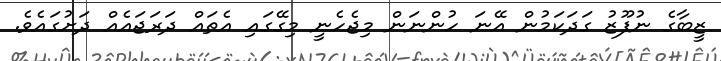
ޒީބާގެ ނުފޫޒު ގަދަކަމުން އޭނަ ހުންނަން މިޖެހެނީ މިގޭގައި އެތައް ދަރަޖައެއް ދަށުގައެވެ.